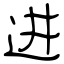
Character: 进